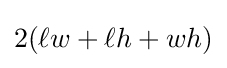
2(\ell w+\ell h+wh)